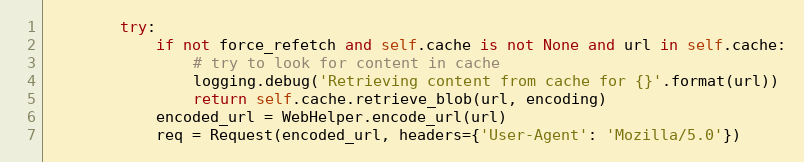
Language: Python
        try:
            if not force_refetch and self.cache is not None and url in self.cache:
                # try to look for content in cache
                logging.debug('Retrieving content from cache for {}'.format(url))
                return self.cache.retrieve_blob(url, encoding)
            encoded_url = WebHelper.encode_url(url)
            req = Request(encoded_url, headers={'User-Agent': 'Mozilla/5.0'})